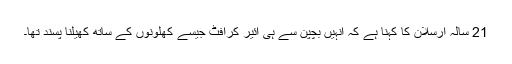
21 سالہ ارسلان کا کہنا ہے کہ انہیں بچپن سے ہی ائیر کرافٹ جیسے کھلونوں کے ساتھ کھیلنا پسند تھا۔